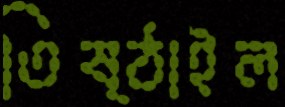
তিষ্ঠাইল